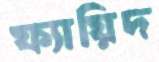
ফ্যায়িদ